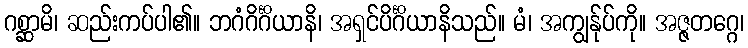
ဂစ္ဆာမိ၊ ဆည်းကပ်ပါ၏။ ဘဂံဂိင်္ဂိယာနိ၊ အရှင်ပိင်္ဂိယာနိသည်။ မံ၊ အကျွန်ုပ်ကို။ အဇ္ဇတဂ္ဂေ၊